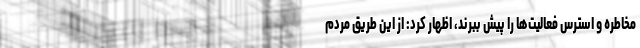
مخاطره و استرس فعالیت‌ها را پیش ببرند، اظهار کرد: از این طریق مردم